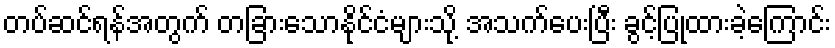
တပ်ဆင်ရန်အတွက် တခြားသောနိုင်ငံများသို့ အသက်ပေးပြီး ခွင့်ပြုထားခဲ့ကြောင်း